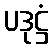
ပဒုဋ္ဌံ